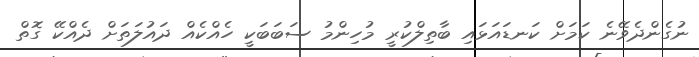
ނުގެންދެވޭނެ ކަމަށް ކަނޑައަޅައި ބާތިލްކުރީ މުހިންމު ސަބަބަކީ ހެއްކެއް ދައުލަތަށް ދެއްކޭ ގޮތް